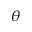
\theta